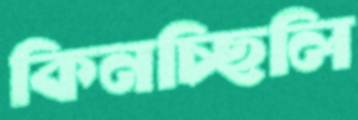
কিনচ্ছিলি